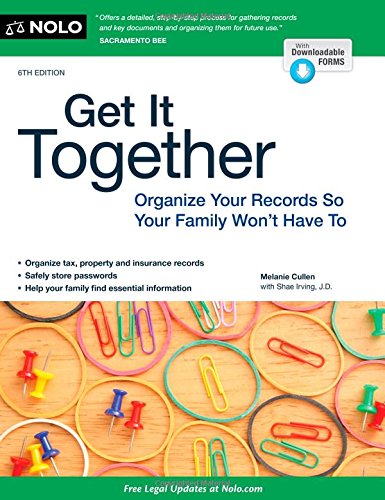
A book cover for Get It Together: Organize Your Records So Your Family Won't Have To; Melanie Cullen; Business & Money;